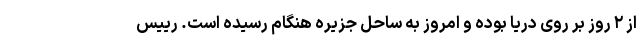
از ۲ روز بر روی دریا بوده و امروز به ساحل جزیره هنگام رسیده است. رییس